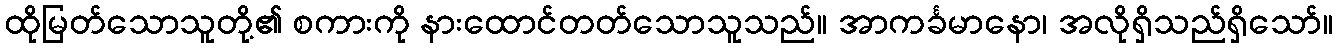
ထိုမြတ်သောသူတို့၏ စကားကို နားထောင်တတ်သောသူသည်။ အာကင်္ခမာနော၊ အလိုရှိသည်ရှိသော်။